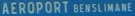
"AEROPORT